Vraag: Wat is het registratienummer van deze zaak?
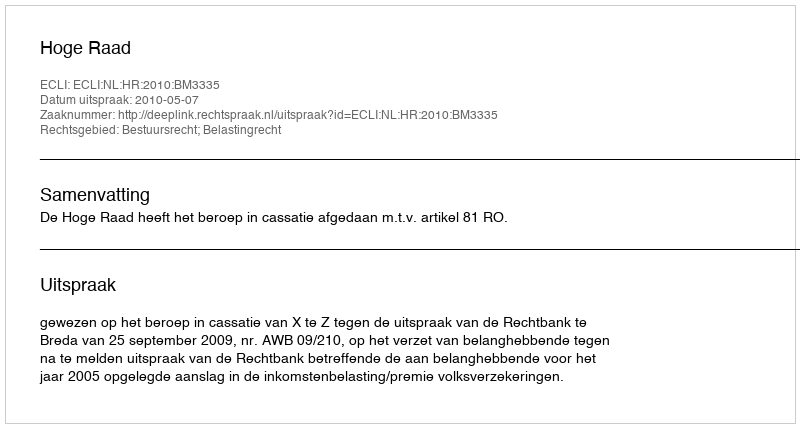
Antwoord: http://deeplink.rechtspraak.nl/uitspraak?id=ECLI:NL:HR:2010:BM3335